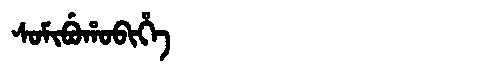
Manchu: ᠰᠣᠮᡳᠪᡠᡥᠣᠪᡳᡥᡝ
Romanization: SOMIBUHOBIHE